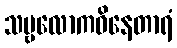
သဗ္ဗလောကဝိနေတာရံ